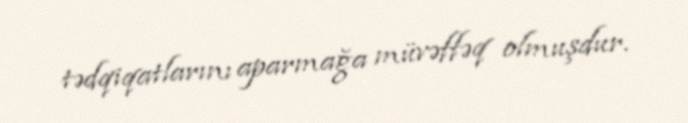
tədqiqatlarını aparmağa müvəffəq olmuşdur.